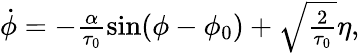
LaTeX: \begin{array}{r}{\dot{\phi}=-\frac{\alpha}{\tau_{0}}\sin(\phi-\phi_{0})+\sqrt{\frac{2}{\tau_{0}}}\eta,}\end{array}